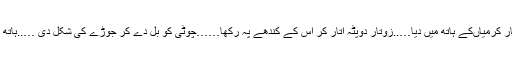
سونے کا کنگن چولہے چوکی میں میلا پڑ جاتا …..اتار کرمیاںکے ہاتھ میں دیا…..زوتار دوپٹہ اتار کر اس کے کندھے پہ رکھا……چوٹی کو بل دے کر جُوڑے کی شکل دی …..ہاتھ منہ دھویا قمیص کے بازوچڑھائے اور شروع ہو گئی۔